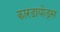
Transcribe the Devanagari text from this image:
कारडायोड्स